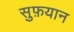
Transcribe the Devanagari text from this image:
सुफ़यान